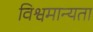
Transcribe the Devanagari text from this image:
विश्वमान्यता